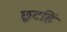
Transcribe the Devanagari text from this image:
छूटहिं